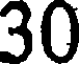
30